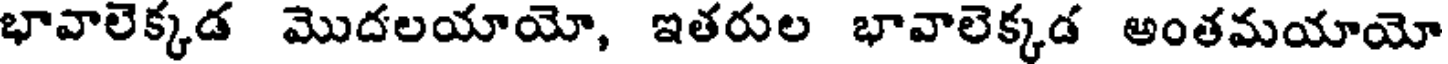
భావాలెక్కడ మొదలయాయో, ఇతరుల భావాలెక్కడ అంతమయాయో